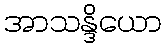
အာသန္ဒိယော